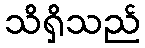
သိရှိသည်